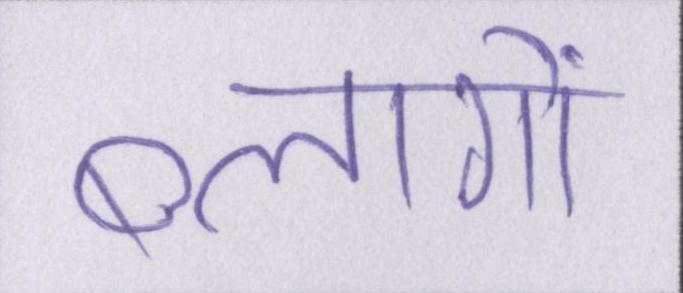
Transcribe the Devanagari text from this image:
ब्लागों